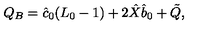
Q _ { B } = \hat { c } _ { 0 } ( L _ { 0 } - 1 ) + 2 \hat { X } \hat { b } _ { 0 } + \tilde { Q } ,